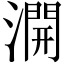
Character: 𣾺